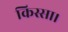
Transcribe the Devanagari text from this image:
किस्सा।